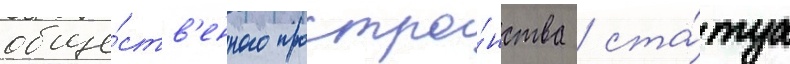
обще́ств'енного простра́нства / ста́туа